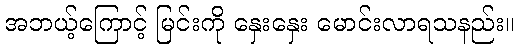
အဘယ့်ကြောင့် မြင်းကို နှေးနှေး မောင်းလာရသနည်း။